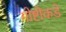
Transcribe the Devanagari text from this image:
गोष्टीकडे